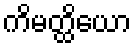
ကိမတ္ထိယော